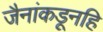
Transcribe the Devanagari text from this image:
जैनांकडूनहि